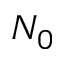
N _ { 0 }